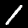
Label: 1